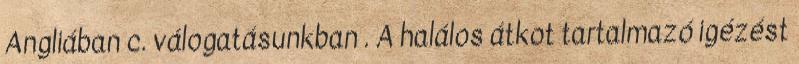
Angliában c. válogatásunkban . A halálos átkot tartalmazó igézést